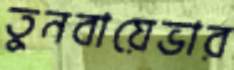
তুনবায়েভার